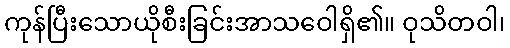
ကုန်ပြီးသောယိုစီးခြင်းအာသဝေါရှိ၏။ ဝုသိတဝါ၊